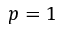
p = 1